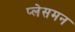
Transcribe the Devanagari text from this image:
प्लेसमन